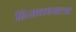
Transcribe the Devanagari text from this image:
हिसकायला